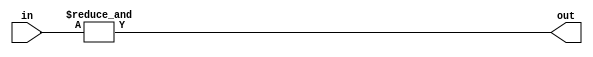
module big_reduce_and(out, in);
    parameter width = 8;

    output out;
    input [width-1:0] in;

    assign out = &in;

endmodule